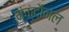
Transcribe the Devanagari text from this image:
मक्दौनल